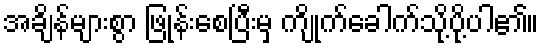
အချိန်များစွာ ဖြုန်းစေပြီးမှ ကျိုက်ခေါက်သို့ပို့ပါ၏။